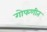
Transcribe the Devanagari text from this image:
गोफणीत